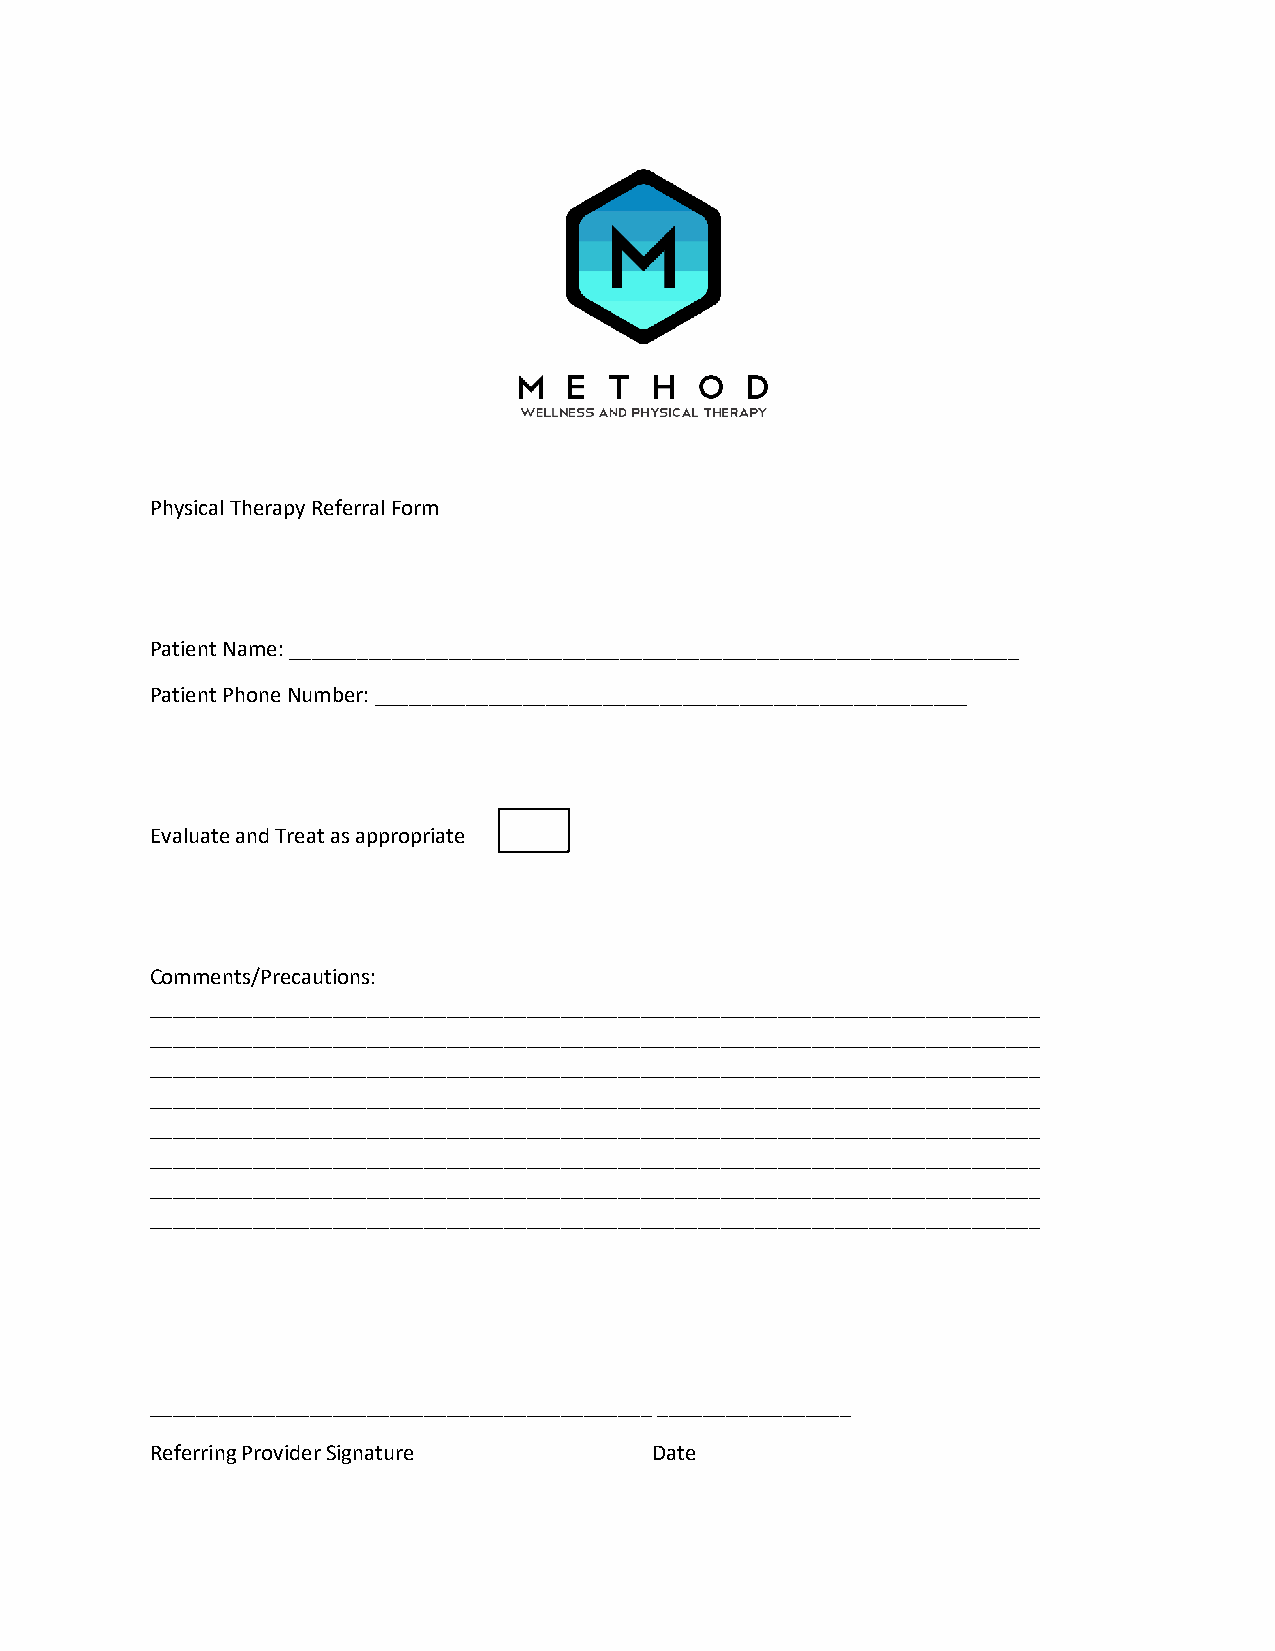
Physical Therapy Referral Form
 Patient Name: ________________________________________________________________
 Patient Phone Number: ____________________________________________________
 Evaluate and Treat as appropriate
 Comments/Precautions:
 ______________________________________________________________________________
 ______________________________________________________________________________
 ______________________________________________________________________________
 ______________________________________________________________________________
 ______________________________________________________________________________
 ______________________________________________________________________________
 ______________________________________________________________________________
 ______________________________________________________________________________
 ____________________________________________ _________________
 Referring Provider Signature     Date